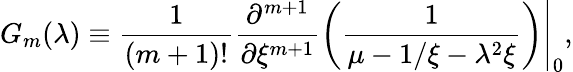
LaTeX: G_{m}(\lambda)\equiv\frac{1}{(m+1)!}\frac{\partial^{m+1}}{\partial{\xi^{m+1}}}\left(\frac{1}{\mu-1/\xi-\lambda^{2}\xi}\right)\Bigg\vert_{0},